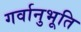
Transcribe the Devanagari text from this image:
गर्वानुभूति